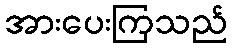
အားပေးကြသည်